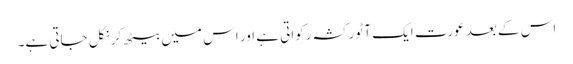
اس کے بعد عورت ایک آٹو رکشہ رکواتی ہے اور اس میں بیٹھ کر نکل جاتی ہے۔